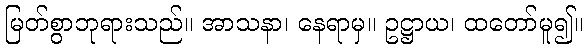
မြတ်စွာဘုရားသည်။ အာသနာ၊ နေရာမှ။ ဥဋ္ဌာယ၊ ထတော်မူ၍။